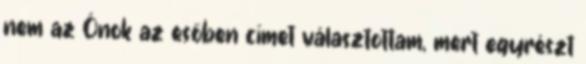
nem az Ónok az esőben címet választottam, mert egyrészt